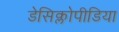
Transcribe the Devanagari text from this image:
डेसिक्लोपीडिया